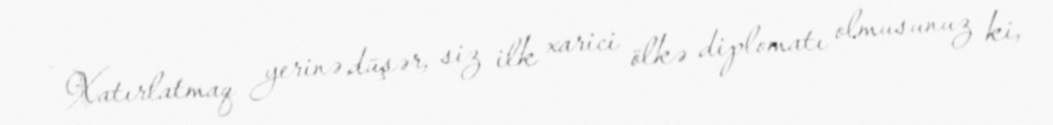
- Xatırlatmaq yerinə düşər, siz ilk xarici ölkə diplomatı olmusunuz ki,